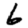
Digit: 6